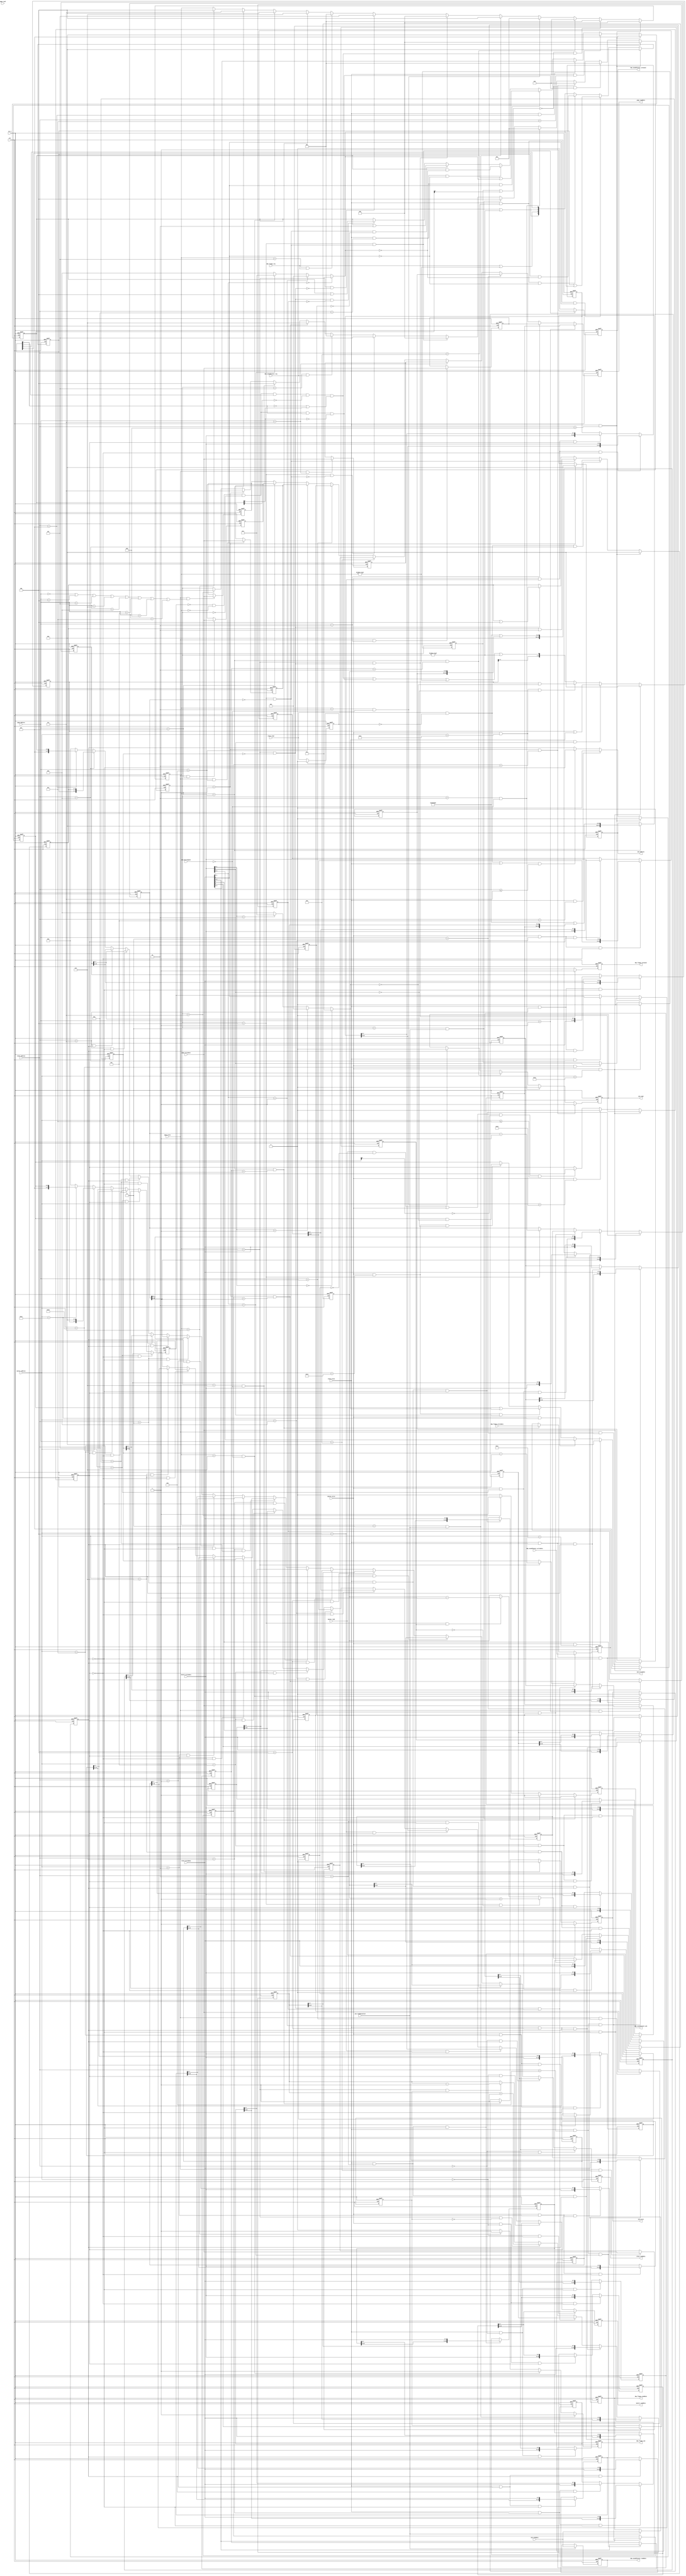
module pc_dma(
    input               clk,
    input               rst_n,
    
    //000h - 00Fh for slave DMA
    input       [3:0]   slave_address,
    input               slave_read,
    output reg  [7:0]   slave_readdata,
    input               slave_write,
    input       [7:0]   slave_writedata,
    
    //080h - 08Fh for DMA page    
    input       [3:0]   page_address,
    input               page_read,
    output reg  [7:0]   page_readdata,
    input               page_write,
    input       [7:0]   page_writedata,
    
    //0C0h - 0DFh for master DMA
    input       [4:0]   master_address,
    input               master_read,
    output reg  [7:0]   master_readdata,
    input               master_write,
    input       [7:0]   master_writedata,
    
    //master
    output reg  [31:0]  avm_address,
    input               avm_waitrequest,
    output reg          avm_read,
    input               avm_readdatavalid,
    input       [7:0]   avm_readdata,
    output reg          avm_write,
    output reg  [7:0]   avm_writedata,
    
    //floppy 8-bit dma channel
    input               dma_floppy_req,
    output reg          dma_floppy_ack,
    output reg          dma_floppy_terminal,
    output reg  [7:0]   dma_floppy_readdata,
    input       [7:0]   dma_floppy_writedata,
    
    //soundblaster 8-bit dma channel
    input               dma_soundblaster_req,
    output reg          dma_soundblaster_ack,
    output reg          dma_soundblaster_terminal,
    output reg  [7:0]   dma_soundblaster_readdata,
    input       [7:0]   dma_soundblaster_writedata
);

//------------------------------------------------------------------------------

`define SDRAM_BASE      32'h08000000

//------------------------------------------------------------------------------

reg slave_read_last;
always @(posedge clk or negedge rst_n) begin if(rst_n == 1'b0) slave_read_last <= 1'b0; else if(slave_read_last) slave_read_last <= 1'b0; else slave_read_last <= slave_read; end 
wire slave_read_valid = slave_read && slave_read_last == 1'b0;

//not needed: reg page_read_last;

reg master_read_last;
always @(posedge clk or negedge rst_n) begin if(rst_n == 1'b0) master_read_last <= 1'b0; else if(master_read_last) master_read_last <= 1'b0; else master_read_last <= master_read; end 
wire master_read_valid = master_read && master_read_last == 1'b0;

//------------------------------------------------------------------------------

wire pag_extra_0_address =
    page_address == 4'h0 || page_address == 4'h4 || page_address == 4'h5 || page_address == 4'h6 ||
    page_address == 4'h8 || page_address == 4'hC || page_address == 4'hD || page_address == 4'hE;

reg [7:0] pag_extra_0;
always @(posedge clk or negedge rst_n) begin
    if(rst_n == 1'b0)                           pag_extra_0 <= 8'd0;
    else if(page_write && pag_extra_0_address)  pag_extra_0 <= page_writedata;
end

wire [7:0] pag_readdata_prepared =
    (page_address == 4'h1)?        sla_page_2 :
    (page_address == 4'h2)?        sla_page_3 :
    (page_address == 4'h3)?        sla_page_1 :
    (page_address == 4'h7)?        sla_page_0 :
    (page_address == 4'h9)?        mas_page_2 :
    (page_address == 4'hA)?        mas_page_3 :
    (page_address == 4'hB)?        mas_page_1 :
    (page_address == 4'hF)?        mas_page_0 :
                                   pag_extra_0;
                                   
always @(posedge clk or negedge rst_n) begin
    if(rst_n == 1'b0)   page_readdata <= 8'd0;
    else                page_readdata <= pag_readdata_prepared;
end
    
//------------------------------------------------------------------------------

reg [7:0] sla_page_0;
reg [7:0] sla_page_1;
reg [7:0] sla_page_2;
reg [7:0] sla_page_3;

always @(posedge clk or negedge rst_n) begin if(rst_n == 1'b0) sla_page_0 <= 8'd0; else if(page_write && page_address == 4'h7) sla_page_0 <= page_writedata; end
always @(posedge clk or negedge rst_n) begin if(rst_n == 1'b0) sla_page_1 <= 8'd0; else if(page_write && page_address == 4'h3) sla_page_1 <= page_writedata; end
always @(posedge clk or negedge rst_n) begin if(rst_n == 1'b0) sla_page_2 <= 8'd0; else if(page_write && page_address == 4'h1) sla_page_2 <= page_writedata; end
always @(posedge clk or negedge rst_n) begin if(rst_n == 1'b0) sla_page_3 <= 8'd0; else if(page_write && page_address == 4'h2) sla_page_3 <= page_writedata; end

reg [7:0] mas_page_0;
reg [7:0] mas_page_1;
reg [7:0] mas_page_2;
reg [7:0] mas_page_3;

always @(posedge clk or negedge rst_n) begin if(rst_n == 1'b0) mas_page_0 <= 8'd0; else if(page_write && page_address == 4'hF) mas_page_0 <= page_writedata; end
always @(posedge clk or negedge rst_n) begin if(rst_n == 1'b0) mas_page_1 <= 8'd0; else if(page_write && page_address == 4'hB) mas_page_1 <= page_writedata; end
always @(posedge clk or negedge rst_n) begin if(rst_n == 1'b0) mas_page_2 <= 8'd0; else if(page_write && page_address == 4'h9) mas_page_2 <= page_writedata; end
always @(posedge clk or negedge rst_n) begin if(rst_n == 1'b0) mas_page_3 <= 8'd0; else if(page_write && page_address == 4'hA) mas_page_3 <= page_writedata; end

    
//------------------------------------------------------------------------------

wire [7:0] sla_readdata_prepared =
    (slave_address == 4'h0 && sla_flip_flop == 1'b0)?    sla_current_address_0[7:0] :
    (slave_address == 4'h0 && sla_flip_flop == 1'b1)?    sla_current_address_0[15:8] :
    (slave_address == 4'h2 && sla_flip_flop == 1'b0)?    sla_current_address_1[7:0] :
    (slave_address == 4'h2 && sla_flip_flop == 1'b1)?    sla_current_address_1[15:8] :
    (slave_address == 4'h4 && sla_flip_flop == 1'b0)?    sla_current_address_2[7:0] :
    (slave_address == 4'h4 && sla_flip_flop == 1'b1)?    sla_current_address_2[15:8] :
    (slave_address == 4'h6 && sla_flip_flop == 1'b0)?    sla_current_address_3[7:0] :
    (slave_address == 4'h6 && sla_flip_flop == 1'b1)?    sla_current_address_3[15:8] :
    
    (slave_address == 4'h1 && sla_flip_flop == 1'b0)?    sla_current_counter_0[7:0] :
    (slave_address == 4'h1 && sla_flip_flop == 1'b1)?    sla_current_counter_0[15:8] :
    (slave_address == 4'h3 && sla_flip_flop == 1'b0)?    sla_current_counter_1[7:0] :
    (slave_address == 4'h3 && sla_flip_flop == 1'b1)?    sla_current_counter_1[15:8] :
    (slave_address == 4'h5 && sla_flip_flop == 1'b0)?    sla_current_counter_2[7:0] :
    (slave_address == 4'h5 && sla_flip_flop == 1'b1)?    sla_current_counter_2[15:8] :
    (slave_address == 4'h7 && sla_flip_flop == 1'b0)?    sla_current_counter_3[7:0] :
    (slave_address == 4'h7 && sla_flip_flop == 1'b1)?    sla_current_counter_3[15:8] :

    (slave_address == 4'h8)?                            { sla_pending, sla_terminated } :

    (slave_address == 4'hF)?                            { 4'hF, sla_mask } :
                                                        8'd0; //temp reg
    
always @(posedge clk or negedge rst_n) begin
    if(rst_n == 1'b0)   slave_readdata <= 8'd0;
    else                slave_readdata <= sla_readdata_prepared;
end

wire sla_reset = slave_write && slave_address == 4'hD;

wire sla_flop_flop_flip = (slave_read_valid || slave_write) && (slave_address <= 4'h7);

reg sla_flip_flop;
always @(posedge clk or negedge rst_n) begin
    if(rst_n == 1'b0)                               sla_flip_flop <= 1'b0;
    else if(sla_reset)                              sla_flip_flop <= 1'b0;
    else if(slave_write && slave_address == 4'hC)   sla_flip_flop <= 1'b0;
    else if(sla_flop_flop_flip)                     sla_flip_flop <= ~(sla_flip_flop);
end

reg [15:0] sla_base_address_1;
reg [15:0] sla_base_address_2;

always @(posedge clk or negedge rst_n) begin
    if(rst_n == 1'b0) sla_base_address_1 <= 16'd0;
    else if(slave_write && slave_address == 4'h2 && sla_flip_flop == 1'b0)  sla_base_address_1 <= { sla_base_address_1[15:8], slave_writedata };
    else if(slave_write && slave_address == 4'h2 && sla_flip_flop == 1'b1)  sla_base_address_1 <= { slave_writedata, sla_base_address_1[7:0] };
end
always @(posedge clk or negedge rst_n) begin
    if(rst_n == 1'b0) sla_base_address_2 <= 16'd0;
    else if(slave_write && slave_address == 4'h4 && sla_flip_flop == 1'b0)  sla_base_address_2 <= { sla_base_address_2[15:8], slave_writedata };
    else if(slave_write && slave_address == 4'h4 && sla_flip_flop == 1'b1)  sla_base_address_2 <= { slave_writedata, sla_base_address_2[7:0] };
end

reg [15:0] sla_current_address_0;
reg [15:0] sla_current_address_1;
reg [15:0] sla_current_address_2;
reg [15:0] sla_current_address_3;

always @(posedge clk or negedge rst_n) begin
    if(rst_n == 1'b0) sla_current_address_0 <= 16'd0;
    else if(slave_write && slave_address == 4'h0 && sla_flip_flop == 1'b0)  sla_current_address_0 <= { sla_current_address_0[15:8], slave_writedata };
    else if(slave_write && slave_address == 4'h0 && sla_flip_flop == 1'b1)  sla_current_address_0 <= { slave_writedata, sla_current_address_0[7:0] };
end
always @(posedge clk or negedge rst_n) begin
    if(rst_n == 1'b0) sla_current_address_1 <= 16'd0;
    else if(slave_write && slave_address == 4'h2 && sla_flip_flop == 1'b0)  sla_current_address_1 <= { sla_current_address_1[15:8], slave_writedata };
    else if(slave_write && slave_address == 4'h2 && sla_flip_flop == 1'b1)  sla_current_address_1 <= { slave_writedata, sla_current_address_1[7:0] };

    else if(dma_soundblaster_tc && sla_auto_1)         sla_current_address_1 <= sla_base_address_1;     
    else if(dma_soundblaster_update && ~(sla_decrement_1))                  sla_current_address_1 <= sla_current_address_1 + 16'd1;
    else if(dma_soundblaster_update &&   sla_decrement_1)                   sla_current_address_1 <= sla_current_address_1 - 16'd1;
end
always @(posedge clk or negedge rst_n) begin
    if(rst_n == 1'b0) sla_current_address_2 <= 16'd0;
    else if(slave_write && slave_address == 4'h4 && sla_flip_flop == 1'b0)  sla_current_address_2 <= { sla_current_address_2[15:8], slave_writedata };
    else if(slave_write && slave_address == 4'h4 && sla_flip_flop == 1'b1)  sla_current_address_2 <= { slave_writedata, sla_current_address_2[7:0] };
    
    else if(dma_floppy_tc && sla_auto_2)    sla_current_address_2 <= sla_base_address_2;

    else if(dma_floppy_update && ~(sla_decrement_2))                        sla_current_address_2 <= sla_current_address_2 + 16'd1;
    else if(dma_floppy_update &&   sla_decrement_2)                         sla_current_address_2 <= sla_current_address_2 - 16'd1;
end
always @(posedge clk or negedge rst_n) begin
    if(rst_n == 1'b0) sla_current_address_3 <= 16'd0;
    else if(slave_write && slave_address == 4'h6 && sla_flip_flop == 1'b0)  sla_current_address_3 <= { sla_current_address_3[15:8], slave_writedata };
    else if(slave_write && slave_address == 4'h6 && sla_flip_flop == 1'b1)  sla_current_address_3 <= { slave_writedata, sla_current_address_3[7:0] };
end

reg [15:0] sla_base_counter_1;
reg [15:0] sla_base_counter_2;

always @(posedge clk or negedge rst_n) begin
    if(rst_n == 1'b0) sla_base_counter_1 <= 16'd0;
    else if(slave_write && slave_address == 4'h3 && sla_flip_flop == 1'b0)  sla_base_counter_1 <= { sla_base_counter_1[15:8], slave_writedata };
    else if(slave_write && slave_address == 4'h3 && sla_flip_flop == 1'b1)  sla_base_counter_1 <= { slave_writedata, sla_base_counter_1[7:0] };
end
always @(posedge clk or negedge rst_n) begin
    if(rst_n == 1'b0) sla_base_counter_2 <= 16'd0;
    else if(slave_write && slave_address == 4'h5 && sla_flip_flop == 1'b0)  sla_base_counter_2 <= { sla_base_counter_2[15:8], slave_writedata };
    else if(slave_write && slave_address == 4'h5 && sla_flip_flop == 1'b1)  sla_base_counter_2 <= { slave_writedata, sla_base_counter_2[7:0] };
end

reg [15:0] sla_current_counter_0;
reg [15:0] sla_current_counter_1;
reg [15:0] sla_current_counter_2;
reg [15:0] sla_current_counter_3;

always @(posedge clk or negedge rst_n) begin
    if(rst_n == 1'b0) sla_current_counter_0 <= 16'd0;
    else if(slave_write && slave_address == 4'h1 && sla_flip_flop == 1'b0)  sla_current_counter_0 <= { sla_current_counter_0[15:8], slave_writedata };
    else if(slave_write && slave_address == 4'h1 && sla_flip_flop == 1'b1)  sla_current_counter_0 <= { slave_writedata, sla_current_counter_0[7:0] };
end
always @(posedge clk or negedge rst_n) begin
    if(rst_n == 1'b0) sla_current_counter_1 <= 16'd0;
    else if(slave_write && slave_address == 4'h3 && sla_flip_flop == 1'b0)  sla_current_counter_1 <= { sla_current_counter_1[15:8], slave_writedata };
    else if(slave_write && slave_address == 4'h3 && sla_flip_flop == 1'b1)  sla_current_counter_1 <= { slave_writedata, sla_current_counter_1[7:0] };
     
    else if(dma_soundblaster_tc && sla_auto_1)                              sla_current_counter_1 <= sla_base_counter_1;
    else if(dma_soundblaster_update)                                        sla_current_counter_1 <= sla_current_counter_1 - 16'd1;    
end
always @(posedge clk or negedge rst_n) begin
    if(rst_n == 1'b0) sla_current_counter_2 <= 16'd0;
    else if(slave_write && slave_address == 4'h5 && sla_flip_flop == 1'b0)  sla_current_counter_2 <= { sla_current_counter_2[15:8], slave_writedata };
    else if(slave_write && slave_address == 4'h5 && sla_flip_flop == 1'b1)  sla_current_counter_2 <= { slave_writedata, sla_current_counter_2[7:0] };
    
    else if(dma_floppy_tc && sla_auto_2)    sla_current_counter_2 <= sla_base_counter_2;
    else if(dma_floppy_update)                                              sla_current_counter_2 <= sla_current_counter_2 - 16'd1;
end
always @(posedge clk or negedge rst_n) begin
    if(rst_n == 1'b0)   sla_current_counter_3 <= 16'd0;
    else if(slave_write && slave_address == 4'h7 && sla_flip_flop == 1'b0)  sla_current_counter_3 <= { sla_current_counter_3[15:8], slave_writedata };
    else if(slave_write && slave_address == 4'h7 && sla_flip_flop == 1'b1)  sla_current_counter_3 <= { slave_writedata, sla_current_counter_3[7:0] };
end

reg sla_disabled;
always @(posedge clk or negedge rst_n) begin
    if(rst_n == 1'b0)   sla_disabled <= 1'b0;
    else if(sla_reset)  sla_disabled <= 1'b0;
    else if(slave_write && slave_address == 4'h8) sla_disabled <= slave_writedata[2];
end

wire [3:0] sla_writedata_bits =
    (slave_writedata[1:0] == 2'd0)?     4'b0001 :
    (slave_writedata[1:0] == 2'd1)?     4'b0010 :
    (slave_writedata[1:0] == 2'd2)?     4'b0100 :
                                        4'b1000;

wire [3:0] sla_pending_next =
    { sla_pending[3], dma_floppy_req | dma_floppy_state != 3'd0, dma_soundblaster_req | dma_soundblaster_state != 3'd0, sla_pending[0] };

reg [3:0] sla_pending;
always @(posedge clk or negedge rst_n) begin
    if(rst_n == 1'b0)   sla_pending <= 4'd0;
    else if(sla_reset)  sla_pending <= 4'd0;
    else if(slave_write && slave_address == 4'h9 && slave_writedata[2])     sla_pending <= sla_pending | sla_writedata_bits;
    else if(slave_write && slave_address == 4'h9 && ~(slave_writedata[2]))  sla_pending <= sla_pending & ~(sla_writedata_bits);
    else                                                                    sla_pending <= sla_pending_next;
end

reg [3:0] sla_mask;
always @(posedge clk or negedge rst_n) begin
    if(rst_n == 1'b0)   sla_mask <= 4'hF;
    else if(sla_reset)  sla_mask <= 4'hF;
    else if(slave_write && slave_address == 4'hE)                           sla_mask <= 4'h0;
    else if(slave_write && slave_address == 4'hF)                           sla_mask <= slave_writedata[3:0];
    else if(slave_write && slave_address == 4'hA && slave_writedata[2])     sla_mask <= sla_mask | sla_writedata_bits;
    else if(slave_write && slave_address == 4'hA && ~(slave_writedata[2]))  sla_mask <= sla_mask & ~(sla_writedata_bits);
    
    else if(dma_soundblaster_tc && ~(sla_auto_1))    sla_mask <= sla_mask | 4'b0010;
    else if(dma_floppy_tc && ~(sla_auto_2))          sla_mask <= sla_mask | 4'b0100;
end

reg sla_decrement_1;
reg sla_decrement_2;

always @(posedge clk or negedge rst_n) begin if(rst_n == 1'b0) sla_decrement_1 <= 1'd0; else if(slave_write && slave_address == 4'hB && slave_writedata[1:0] == 2'd1) sla_decrement_1 <= slave_writedata[5]; end
always @(posedge clk or negedge rst_n) begin if(rst_n == 1'b0) sla_decrement_2 <= 1'd0; else if(slave_write && slave_address == 4'hB && slave_writedata[1:0] == 2'd2) sla_decrement_2 <= slave_writedata[5]; end

reg sla_auto_1;
reg sla_auto_2;

always @(posedge clk or negedge rst_n) begin if(rst_n == 1'b0) sla_auto_1 <= 1'd0; else if(slave_write && slave_address == 4'hB && slave_writedata[1:0] == 2'd1) sla_auto_1 <= slave_writedata[4]; end
always @(posedge clk or negedge rst_n) begin if(rst_n == 1'b0) sla_auto_2 <= 1'd0; else if(slave_write && slave_address == 4'hB && slave_writedata[1:0] == 2'd2) sla_auto_2 <= slave_writedata[4]; end

reg [1:0] sla_transfer_1;
reg [1:0] sla_transfer_2;

always @(posedge clk or negedge rst_n) begin if(rst_n == 1'b0) sla_transfer_1 <= 2'd0; else if(slave_write && slave_address == 4'hB && slave_writedata[1:0] == 2'd1) sla_transfer_1 <= slave_writedata[3:2]; end
always @(posedge clk or negedge rst_n) begin if(rst_n == 1'b0) sla_transfer_2 <= 2'd0; else if(slave_write && slave_address == 4'hB && slave_writedata[1:0] == 2'd2) sla_transfer_2 <= slave_writedata[3:2]; end

reg [3:0] sla_terminated;
always @(posedge clk or negedge rst_n) begin
    if(rst_n == 1'b0)                                   sla_terminated <= 4'h0;
    else if(sla_reset)                                  sla_terminated <= 4'h0;
    else if(slave_read_valid && slave_address == 4'h8)  sla_terminated <= 4'd0;
    else if(dma_soundblaster_tc)                        sla_terminated <= sla_terminated | 4'b0010;
    else if(dma_floppy_tc)                              sla_terminated <= sla_terminated | 4'b0100;
end

//0: idle
//1: prepare read avm (goto 2) or write avm (goto 6)

//2: read avm until ~(waitrequest); goto 3
//3: read avm until readdatavalid; goto 4

//4: ack; update address; update counter (1 cycle); if tc goto 0
//5: wait for dma_req; goto 1

//6: write avm unit ~(waitrequest); goto 4

//7: verify or illegal transfer type

wire dma_floppy_update = dma_floppy_state == 3'd4;
wire dma_floppy_tc     = dma_floppy_update && sla_current_counter_2 == 16'h0000;

wire dma_soundblaster_update = dma_soundblaster_state == 3'd4;
wire dma_soundblaster_tc     = dma_soundblaster_update && sla_current_counter_1 == 16'h0000;

wire dma_floppy_start       = sla_disabled == 1'b0 && dma_floppy_state == 3'd0 && dma_soundblaster_state == 3'd0 && sla_pending[2] && ~(sla_mask[2]) && (sla_pending[1] == 1'b0 || sla_mask[1]);
wire dma_soundblaster_start = sla_disabled == 1'b0 && dma_floppy_state == 3'd0 && dma_soundblaster_state == 3'd0 && sla_pending[1] && ~(sla_mask[1]);

always @(posedge clk or negedge rst_n) begin
    if(rst_n == 1'b0)                                   dma_floppy_terminal <= 1'b0;
    else if(dma_floppy_state == 3'd4 && dma_floppy_tc)  dma_floppy_terminal <= 1'b1;
    else                                                dma_floppy_terminal <= 1'b0;
end
always @(posedge clk or negedge rst_n) begin
    if(rst_n == 1'b0)                                               dma_soundblaster_terminal <= 1'b0;
    else if(dma_soundblaster_state == 3'd4 && dma_soundblaster_tc)  dma_soundblaster_terminal <= 1'b1;
    else                                                            dma_soundblaster_terminal <= 1'b0;
end

reg [2:0] dma_floppy_state;
always @(posedge clk or negedge rst_n) begin
    if(rst_n == 1'b0)   dma_floppy_state <= 3'd0;
    else if(sla_reset)  dma_floppy_state <= 3'd0;
    
    else if(~(mas_not_ready) && dma_floppy_start)                   dma_floppy_state <= 3'd1;
    
    else if(dma_floppy_state == 3'd1 && sla_transfer_2 == 2'd2)     dma_floppy_state <= 3'd2; //read avm
    else if(dma_floppy_state == 3'd2 && avm_waitrequest == 1'b0)    dma_floppy_state <= 3'd3;
    else if(dma_floppy_state == 3'd3 && avm_readdatavalid)          dma_floppy_state <= 3'd4;
    
    else if(dma_floppy_state == 3'd4 && dma_floppy_tc)              dma_floppy_state <= 3'd0;
    else if(dma_floppy_state == 3'd4 && ~(dma_floppy_tc))           dma_floppy_state <= 3'd5;
    else if(dma_floppy_state == 3'd5 && dma_floppy_req)             dma_floppy_state <= 3'd1;
    
    else if(dma_floppy_state == 3'd1 && sla_transfer_2 == 2'd1)     dma_floppy_state <= 3'd6; //write avm
    else if(dma_floppy_state == 3'd6 && avm_waitrequest == 1'b0)    dma_floppy_state <= 3'd4;
     
    else if(dma_floppy_state == 3'd1)                               dma_floppy_state <= 3'd7; //verify or illegal transfer type
    else if(dma_floppy_state == 3'd7)                               dma_floppy_state <= 3'd4;
end

reg [2:0] dma_soundblaster_state;
always @(posedge clk or negedge rst_n) begin
    if(rst_n == 1'b0)   dma_soundblaster_state <= 3'd0;
    else if(sla_reset)  dma_soundblaster_state <= 3'd0;
    
    else if(~(mas_not_ready) && dma_soundblaster_start)                 dma_soundblaster_state <= 3'd1;
     
    else if(dma_soundblaster_state == 3'd1 && sla_transfer_1 == 2'd2)   dma_soundblaster_state <= 3'd2; //read avm
    else if(dma_soundblaster_state == 3'd2 && avm_waitrequest == 1'b0)  dma_soundblaster_state <= 3'd3;
    else if(dma_soundblaster_state == 3'd3 && avm_readdatavalid)        dma_soundblaster_state <= 3'd4;
    
    else if(dma_soundblaster_state == 3'd4 && dma_soundblaster_tc)      dma_soundblaster_state <= 3'd0;
    else if(dma_soundblaster_state == 3'd4 && ~(dma_soundblaster_tc))   dma_soundblaster_state <= 3'd5;
    else if(dma_soundblaster_state == 3'd5 && dma_soundblaster_req)     dma_soundblaster_state <= 3'd1;
    
    else if(dma_soundblaster_state == 3'd1 && sla_transfer_1 == 2'd1)   dma_soundblaster_state <= 3'd6; //write avm
    else if(dma_soundblaster_state == 3'd6 && avm_waitrequest == 1'b0)  dma_soundblaster_state <= 3'd4;
     
    else if(dma_soundblaster_state == 3'd1)                             dma_soundblaster_state <= 3'd7; //verify or illegal transfer type
    else if(dma_soundblaster_state == 3'd7)                             dma_soundblaster_state <= 3'd4;
end

always @(posedge clk or negedge rst_n) begin
    if(rst_n == 1'b0)                                           dma_floppy_ack <= 1'd0;
     else if(dma_floppy_state == 3'd3 && avm_readdatavalid)     dma_floppy_ack <= 1'b1;
     else if(dma_floppy_state == 3'd6 && ~(avm_waitrequest))    dma_floppy_ack <= 1'b1;
     else if(dma_floppy_state == 3'd7)                          dma_floppy_ack <= 1'b1;
     else                                                       dma_floppy_ack <= 1'b0;
end

always @(posedge clk or negedge rst_n) begin
    if(rst_n == 1'b0)                                               dma_soundblaster_ack <= 1'd0;
    else if(dma_soundblaster_state == 3'd3 && avm_readdatavalid)    dma_soundblaster_ack <= 1'b1;
    else if(dma_soundblaster_state == 3'd6 && ~(avm_waitrequest))   dma_soundblaster_ack <= 1'b1;
    else if(dma_soundblaster_state == 3'd7)                         dma_soundblaster_ack <= 1'b1;
    else                                                            dma_soundblaster_ack <= 1'b0;
end

always @(posedge clk or negedge rst_n) begin if(rst_n == 1'b0) dma_floppy_readdata       <= 8'd0; else if(avm_readdatavalid) dma_floppy_readdata       <= avm_readdata; end
always @(posedge clk or negedge rst_n) begin if(rst_n == 1'b0) dma_soundblaster_readdata <= 8'd0; else if(avm_readdatavalid) dma_soundblaster_readdata <= avm_readdata; end

//------------------------------------------------------------------------------

always @(posedge clk or negedge rst_n) begin
    if(rst_n == 1'b0)                       avm_address <= `SDRAM_BASE | 32'd0;
    else if(dma_soundblaster_state == 3'd1) avm_address <= `SDRAM_BASE | { 8'd0, sla_page_1, sla_current_address_1 };
    else if(dma_floppy_state == 3'd1)       avm_address <= `SDRAM_BASE | { 8'd0, sla_page_2, sla_current_address_2 };
end


always @(posedge clk or negedge rst_n) begin
    if(rst_n == 1'b0)   avm_read <= 1'd0;
    
    else if(dma_soundblaster_state == 3'd1 && sla_transfer_1 == 2'd2)   avm_read <= 1'b1;
    else if(dma_soundblaster_state == 3'd2 && avm_waitrequest == 1'b0)  avm_read <= 1'b0;
    
    else if(dma_floppy_state == 3'd1 && sla_transfer_2 == 2'd2)         avm_read <= 1'b1;
    else if(dma_floppy_state == 3'd2 && avm_waitrequest == 1'b0)        avm_read <= 1'b0;
end

always @(posedge clk or negedge rst_n) begin
    if(rst_n == 1'b0)   avm_write <= 1'd0;
    
    else if(dma_soundblaster_state == 3'd1 && sla_transfer_1 == 2'd1)   avm_write <= 1'b1;
    else if(dma_soundblaster_state == 3'd6 && avm_waitrequest == 1'b0)  avm_write <= 1'b0;
    
    else if(dma_floppy_state == 3'd1 && sla_transfer_2 == 2'd1)         avm_write <= 1'b1;
    else if(dma_floppy_state == 3'd6 && avm_waitrequest == 1'b0)        avm_write <= 1'b0;
end

always @(posedge clk or negedge rst_n) begin
    if(rst_n == 1'b0)                                                   avm_writedata <= 8'd0;
    else if(dma_soundblaster_state == 3'd1 && sla_transfer_1 == 2'd1)   avm_writedata <= dma_soundblaster_writedata;
    else if(dma_floppy_state == 3'd1 && sla_transfer_2 == 2'd1)         avm_writedata <= dma_floppy_writedata;
end

//------------------------------------------------------------------------------
//------------------------------------------------------------------------------
//------------------------------------------------------------------------------

wire [7:0] mas_readdata_prepared =
    (master_address == 5'h00 && mas_flip_flop == 1'b0)?     mas_current_address_0[7:0] :
    (master_address == 5'h00 && mas_flip_flop == 1'b1)?     mas_current_address_0[15:8] :
    (master_address == 5'h04 && mas_flip_flop == 1'b0)?     mas_current_address_1[7:0] :
    (master_address == 5'h04 && mas_flip_flop == 1'b1)?     mas_current_address_1[15:8] :
    (master_address == 5'h08 && mas_flip_flop == 1'b0)?     mas_current_address_2[7:0] :
    (master_address == 5'h08 && mas_flip_flop == 1'b1)?     mas_current_address_2[15:8] :
    (master_address == 5'h0C && mas_flip_flop == 1'b0)?     mas_current_address_3[7:0] :
    (master_address == 5'h0C && mas_flip_flop == 1'b1)?     mas_current_address_3[15:8] :
    
    (master_address == 5'h02 && mas_flip_flop == 1'b0)?     mas_current_counter_0[7:0] :
    (master_address == 5'h02 && mas_flip_flop == 1'b1)?     mas_current_counter_0[15:8] :
    (master_address == 5'h06 && mas_flip_flop == 1'b0)?     mas_current_counter_1[7:0] :
    (master_address == 5'h06 && mas_flip_flop == 1'b1)?     mas_current_counter_1[15:8] :
    (master_address == 5'h0A && mas_flip_flop == 1'b0)?     mas_current_counter_2[7:0] :
    (master_address == 5'h0A && mas_flip_flop == 1'b1)?     mas_current_counter_2[15:8] :
    (master_address == 5'h0E && mas_flip_flop == 1'b0)?     mas_current_counter_3[7:0] :
    (master_address == 5'h0E && mas_flip_flop == 1'b1)?     mas_current_counter_3[15:8] :

    (master_address == 5'h10)?                              { mas_pending, 4'd0 } :

    (master_address == 5'h1E)?                              { 4'hF, mas_mask } :
                                                            8'd0; //temp reg
    
always @(posedge clk or negedge rst_n) begin
    if(rst_n == 1'b0)   master_readdata <= 8'd0;
    else                master_readdata <= mas_readdata_prepared;
end

wire mas_reset = master_write && master_address == 5'h1A;

wire mas_flop_flop_flip = (master_read_valid || master_write) && master_address[0] == 1'b0 && (master_address <= 5'h0E);

reg mas_flip_flop;
always @(posedge clk or negedge rst_n) begin
    if(rst_n == 1'b0)                                   mas_flip_flop <= 1'b0;
    else if(mas_reset)                                  mas_flip_flop <= 1'b0;
    else if(master_write && master_address == 5'h18)    mas_flip_flop <= 1'b0;
    else if(mas_flop_flop_flip)                         mas_flip_flop <= ~(mas_flip_flop);
end

reg [15:0] mas_current_address_0;
reg [15:0] mas_current_address_1;
reg [15:0] mas_current_address_2;
reg [15:0] mas_current_address_3;

always @(posedge clk or negedge rst_n) begin
    if(rst_n == 1'b0) mas_current_address_0 <= 16'd0;
    else if(master_write && master_address == 5'h00 && mas_flip_flop == 1'b0)  mas_current_address_0 <= { mas_current_address_0[15:8], master_writedata };
    else if(master_write && master_address == 5'h00 && mas_flip_flop == 1'b1)  mas_current_address_0 <= { master_writedata, mas_current_address_0[7:0] };
end
always @(posedge clk or negedge rst_n) begin
    if(rst_n == 1'b0) mas_current_address_1 <= 16'd0;
    else if(master_write && master_address == 5'h04 && mas_flip_flop == 1'b0)  mas_current_address_1 <= { mas_current_address_1[15:8], master_writedata };
    else if(master_write && master_address == 5'h04 && mas_flip_flop == 1'b1)  mas_current_address_1 <= { master_writedata, mas_current_address_1[7:0] };
end
always @(posedge clk or negedge rst_n) begin
    if(rst_n == 1'b0) mas_current_address_2 <= 16'd0;
    else if(master_write && master_address == 5'h08 && mas_flip_flop == 1'b0)  mas_current_address_2 <= { mas_current_address_2[15:8], master_writedata };
    else if(master_write && master_address == 5'h08 && mas_flip_flop == 1'b1)  mas_current_address_2 <= { master_writedata, mas_current_address_2[7:0] };
end
always @(posedge clk or negedge rst_n) begin
    if(rst_n == 1'b0) mas_current_address_3 <= 16'd0;
    else if(master_write && master_address == 5'h0C && mas_flip_flop == 1'b0)  mas_current_address_3 <= { mas_current_address_3[15:8], master_writedata };
    else if(master_write && master_address == 5'h0C && mas_flip_flop == 1'b1)  mas_current_address_3 <= { master_writedata, mas_current_address_3[7:0] };
end

reg [15:0] mas_current_counter_0;
reg [15:0] mas_current_counter_1;
reg [15:0] mas_current_counter_2;
reg [15:0] mas_current_counter_3;

always @(posedge clk or negedge rst_n) begin
    if(rst_n == 1'b0) mas_current_counter_0 <= 16'd0;
    else if(master_write && master_address == 5'h02 && mas_flip_flop == 1'b0)  mas_current_counter_0 <= { mas_current_counter_0[15:8], master_writedata };
    else if(master_write && master_address == 5'h02 && mas_flip_flop == 1'b1)  mas_current_counter_0 <= { master_writedata, mas_current_counter_0[7:0] };
end
always @(posedge clk or negedge rst_n) begin
    if(rst_n == 1'b0) mas_current_counter_1 <= 16'd0;
    else if(master_write && master_address == 5'h06 && mas_flip_flop == 1'b0)  mas_current_counter_1 <= { mas_current_counter_1[15:8], master_writedata };
    else if(master_write && master_address == 5'h06 && mas_flip_flop == 1'b1)  mas_current_counter_1 <= { master_writedata, mas_current_counter_1[7:0] };
end
always @(posedge clk or negedge rst_n) begin
    if(rst_n == 1'b0) mas_current_counter_2 <= 16'd0;
    else if(master_write && master_address == 5'h0A && mas_flip_flop == 1'b0)  mas_current_counter_2 <= { mas_current_counter_2[15:8], master_writedata };
    else if(master_write && master_address == 5'h0A && mas_flip_flop == 1'b1)  mas_current_counter_2 <= { master_writedata, mas_current_counter_2[7:0] };
end
always @(posedge clk or negedge rst_n) begin
    if(rst_n == 1'b0)   mas_current_counter_3 <= 16'd0;
    else if(master_write && master_address == 5'h0E && mas_flip_flop == 1'b0)  mas_current_counter_3 <= { mas_current_counter_3[15:8], master_writedata };
    else if(master_write && master_address == 5'h0E && mas_flip_flop == 1'b1)  mas_current_counter_3 <= { master_writedata, mas_current_counter_3[7:0] };
end

reg mas_disabled;
always @(posedge clk or negedge rst_n) begin
    if(rst_n == 1'b0)                                   mas_disabled <= 1'b0;
    else if(mas_reset)                                  mas_disabled <= 1'b0;
    else if(master_write && master_address == 5'h10)    mas_disabled <= master_writedata[2];
end

wire [3:0] mas_writedata_bits =
    (master_writedata[1:0] == 2'd0)?    4'b0001 :
    (master_writedata[1:0] == 2'd1)?    4'b0010 :
    (master_writedata[1:0] == 2'd2)?    4'b0100 :
                                        4'b1000;

wire [3:0] mas_pending_next =
    { mas_pending[3:1], dma_floppy_start || dma_soundblaster_start || dma_floppy_state != 3'd0 || dma_soundblaster_state != 3'd0 };

reg [3:0] mas_pending;
always @(posedge clk or negedge rst_n) begin
    if(rst_n == 1'b0)   mas_pending <= 4'd0;
    else if(mas_reset)  mas_pending <= 4'd0;
    else if(master_write && master_address == 5'h12 && master_writedata[2])     mas_pending <= mas_pending | mas_writedata_bits;
    else if(master_write && master_address == 5'h12 && ~(master_writedata[2]))  mas_pending <= mas_pending & ~(mas_writedata_bits);
    else                                                                        mas_pending <= mas_pending_next;
end

reg [3:0] mas_mask;
always @(posedge clk or negedge rst_n) begin
    if(rst_n == 1'b0)   mas_mask <= 4'hF;
    else if(mas_reset)  mas_mask <= 4'hF;
    else if(master_write && master_address == 5'h1C)                            mas_mask <= 4'h0;
    else if(master_write && master_address == 5'h1E)                            mas_mask <= master_writedata[3:0];
    else if(master_write && master_address == 5'h14 && master_writedata[2])     mas_mask <= mas_mask | mas_writedata_bits;
    else if(master_write && master_address == 5'h14 && ~(master_writedata[2]))  mas_mask <= mas_mask & ~(mas_writedata_bits);
end

wire mas_not_ready = mas_disabled || mas_mask[0];

//------------------------------------------------------------------------------

// synthesis translate_off
wire _unused_ok = &{ 1'b0, page_read, 1'b0 };
// synthesis translate_on

//------------------------------------------------------------------------------

endmodule